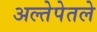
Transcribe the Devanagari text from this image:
अल्तेपेतले